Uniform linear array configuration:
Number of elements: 32
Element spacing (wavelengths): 0.5
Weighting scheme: hann
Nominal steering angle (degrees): -30
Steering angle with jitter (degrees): -30.234
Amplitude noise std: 0.05
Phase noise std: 0.05

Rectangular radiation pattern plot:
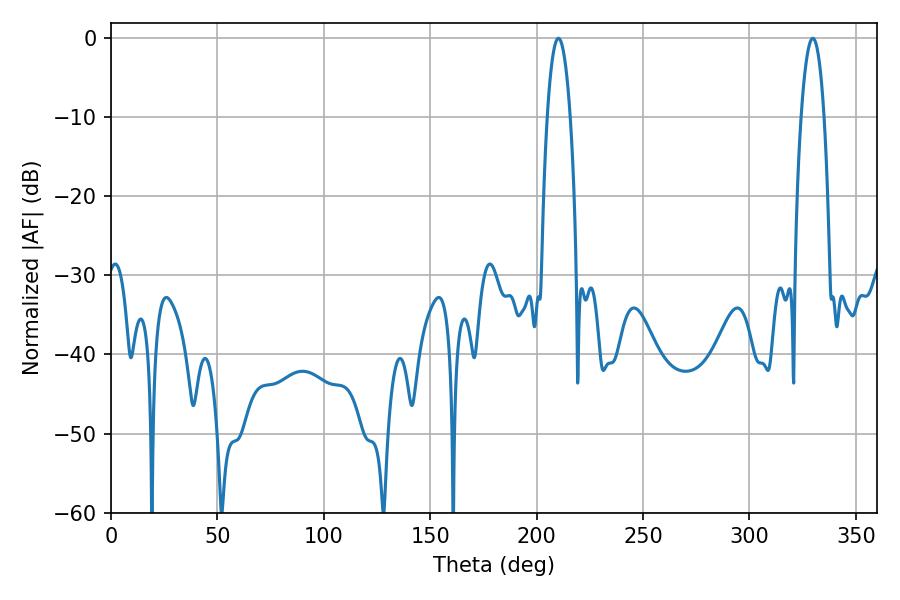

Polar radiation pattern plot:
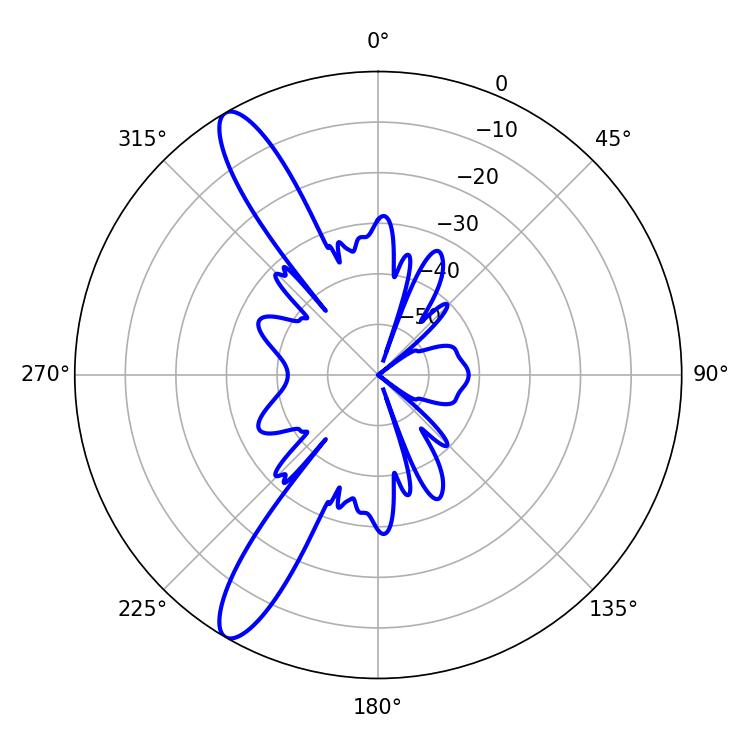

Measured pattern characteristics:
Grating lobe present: FALSE
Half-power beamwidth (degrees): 5.94
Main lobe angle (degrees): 210.24